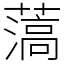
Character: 薃